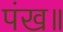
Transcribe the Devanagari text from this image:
पंख॥